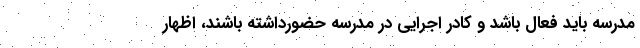
مدرسه باید فعال باشد و کادر اجرایی در مدرسه حضورداشته باشند، اظهار